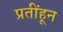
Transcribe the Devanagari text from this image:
प्रतींहून